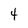
Character: 4